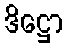
ဒိဋ္ဌော